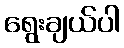
ရွေးချယ်ပါ